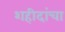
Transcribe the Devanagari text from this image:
शहीदांचा